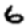
Digit: 6